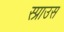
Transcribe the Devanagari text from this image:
स्प्राउस